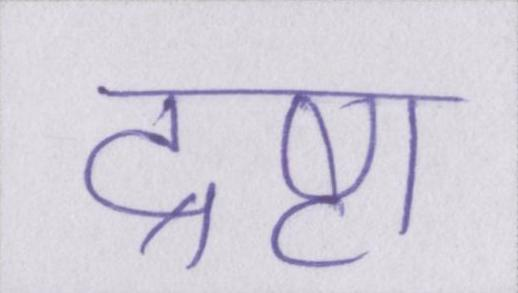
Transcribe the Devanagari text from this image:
द्रष्टा